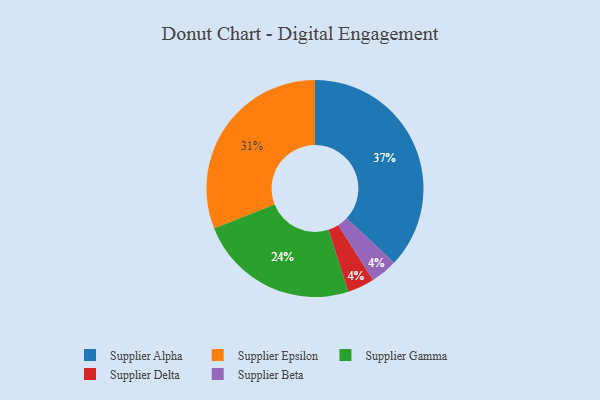
{"axis": {"x": "Category", "y": "Percentage"}, "legend": ["Supplier Alpha", "Supplier Beta", "Supplier Delta", "Supplier Epsilon", "Supplier Gamma"], "data": [{"x": "Supplier Delta", "y": 4, "type": "Supplier Delta"}, {"x": "Supplier Gamma", "y": 24, "type": "Supplier Gamma"}, {"x": "Supplier Beta", "y": 4, "type": "Supplier Beta"}, {"x": "Supplier Alpha", "y": 37, "type": "Supplier Alpha"}, {"x": "Supplier Epsilon", "y": 31, "type": "Supplier Epsilon"}]}